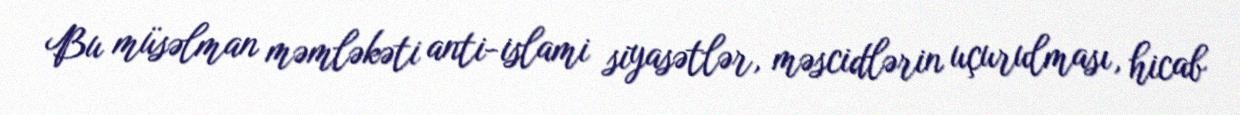
Bu müsəlman məmləkəti anti-islami siyasətlər, məscidlərin uçurulması, hicab